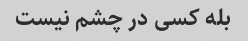
بله کسی در چشم نیست